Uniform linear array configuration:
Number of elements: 4
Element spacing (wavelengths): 1
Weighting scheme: exponential
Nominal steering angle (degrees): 30
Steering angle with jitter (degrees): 29.147
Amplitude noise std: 0.05
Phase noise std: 0.05

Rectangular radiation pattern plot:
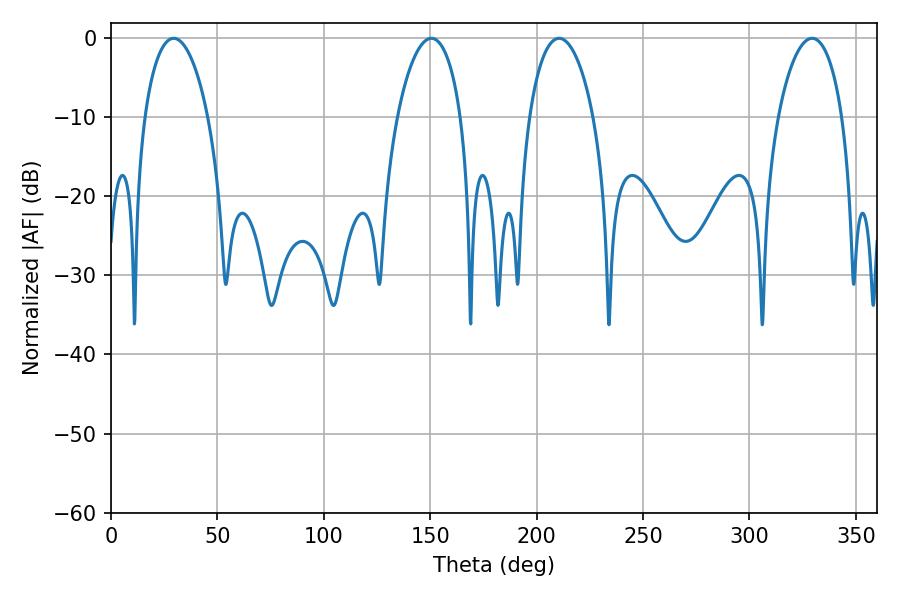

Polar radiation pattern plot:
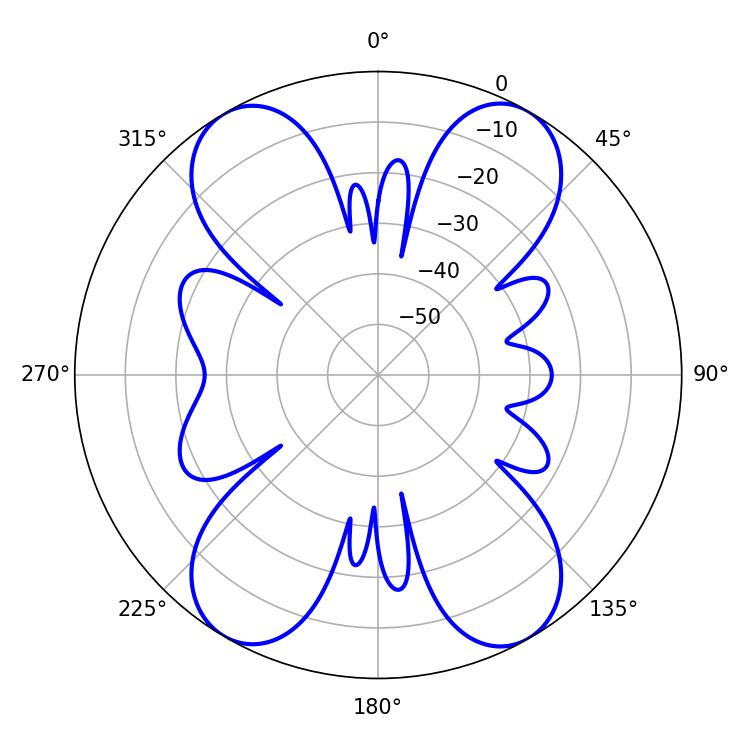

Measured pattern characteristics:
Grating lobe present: TRUE
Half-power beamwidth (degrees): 17.1
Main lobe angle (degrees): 210.6